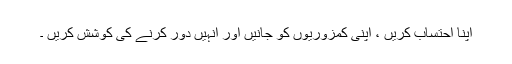
اپنا احتساب کریں ، اپنی کمزوریوں کو جانیں اور انہیں دور کرنے کی کوشش کریں ۔